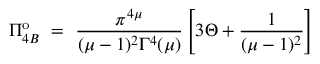
\Pi _ { 4 B } ^ { \mathrm { o } } ~ = ~ \frac { \pi ^ { 4 \mu } } { ( \mu - 1 ) ^ { 2 } \Gamma ^ { 4 } ( \mu ) } \left[ 3 \Theta + \frac { 1 } { ( \mu - 1 ) ^ { 2 } } \right]